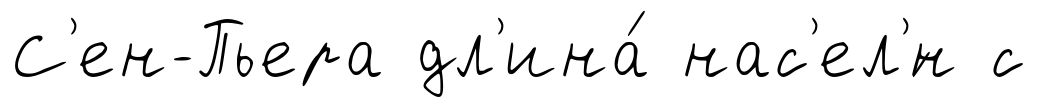
С'ен-Пьера дл'ина́ нас'ел'́н с